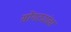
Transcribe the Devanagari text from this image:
सोंगट्यांचा